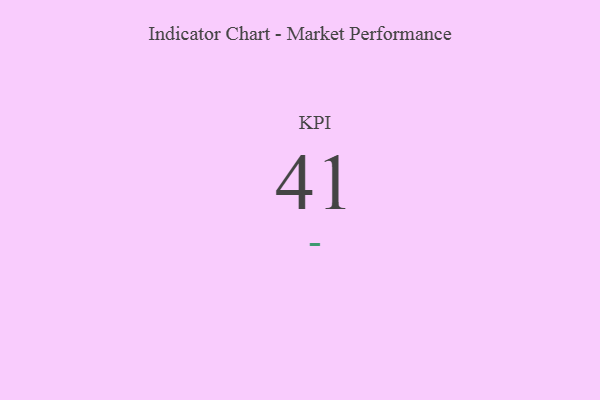
{"axis": {"x": "KPI", "y": "Value"}, "legend": [""], "data": [{"x": "KPI", "y": 41, "type": ""}]}